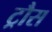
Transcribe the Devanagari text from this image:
ट्रौस